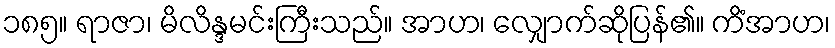
၁၈၅။ ရာဇာ၊ မိလိန္ဒမင်းကြီးသည်။ အာဟ၊ လျှောက်ဆိုပြန်၏။ ကိံအာဟ၊